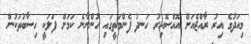
މިއަދުގެ އިރު ރާއްޖެއަށް އޮއްސޭއިރު ހަނދު ފެންމަތީގައި ހުންނާނެ ކަމަށް ފަލަކީ ހިސާބުތަކުން